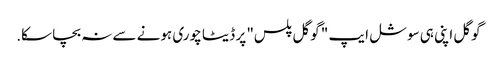
گوگل اپنی ہی سوشل ایپ " گوگل پلس" پر ڈیٹا چوری ہونے سے نہ بچا سکا.